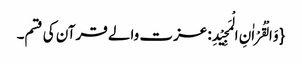
{وَ الْقُرْاٰنِ الْمَجِیْدِ: عزت والے قرآن کی قسم۔